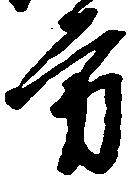
方